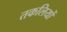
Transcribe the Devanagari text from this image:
तकलियों